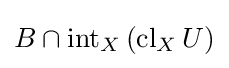
B\cap \operatorname {int} _{X}\left(\operatorname {cl} _{X}U\right)